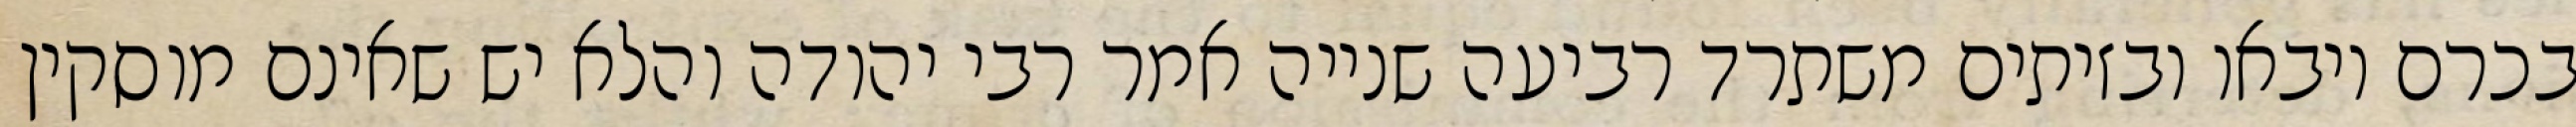
בכרם ויבאו ובזיתים משתרד רביעה שנייה אמר רבי יהודה והלא יש שאינם מוסקין